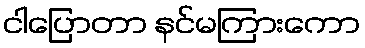
ငါပြောတာ နင်မကြားကော